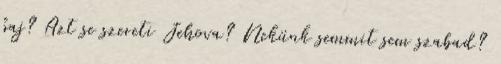
baj? Azt se szereti Jehova? Nekünk semmit sem szabad?